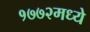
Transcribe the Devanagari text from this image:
१७७२मध्ये